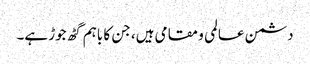
دشمن عالمی و مقامی ہیں، جن کا باہم گٹھ جوڑ ہے۔